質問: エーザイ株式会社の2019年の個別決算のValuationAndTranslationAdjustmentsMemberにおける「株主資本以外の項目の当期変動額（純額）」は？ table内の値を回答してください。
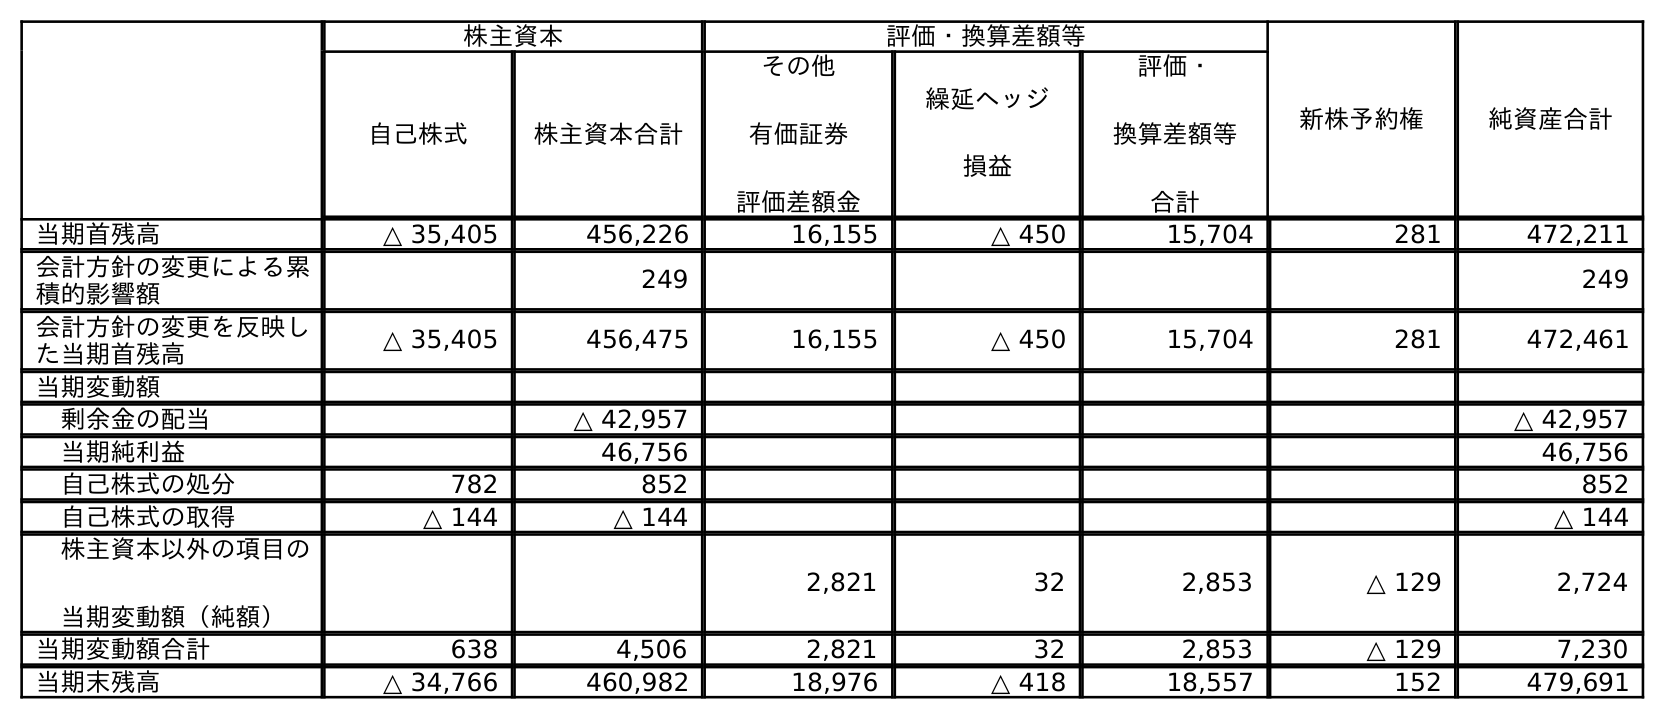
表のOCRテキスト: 株主資本 評価・換算差額等 新株予約権 純資産合計 自己株式 株主資本合計 その他 有価証券 評価差額金 繰延ヘッジ 損益 評価・ 換算差額等 合計 当期首残高 △ 35,405 456,226 16,155 △ 450 15,704 281 472,211 会計方針の変更による累 積的影響額 249 249 会計方針の変更を反映し た当期首残高 △ 35,405 456,475 16,155 △ 450 15,704 281 472,461 当期変動額 剰余金の配当 △ 42,957 △ 42,957 当期純利益 46,756 46,756 自己株式の処分 782 852 852 自己株式の取得 △ 144 △ 144 △ 144 株主資本以外の項目の 当期変動額（純額） 2,821 32 2,853 △ 129 2,724 当期変動額合計 638 4,506 2,821 32 2,853 △ 129 7,230 当期末残高 △ 34,766 460,982 18,976 △ 418 18,557 152 479,691
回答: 2,853